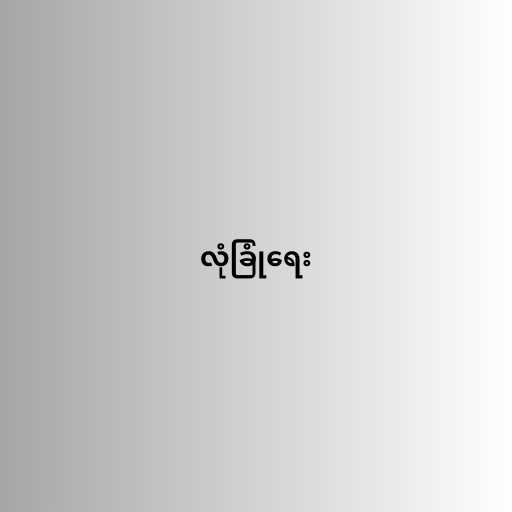
လုံခြုံရေး